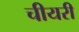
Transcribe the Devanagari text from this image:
चीयरी